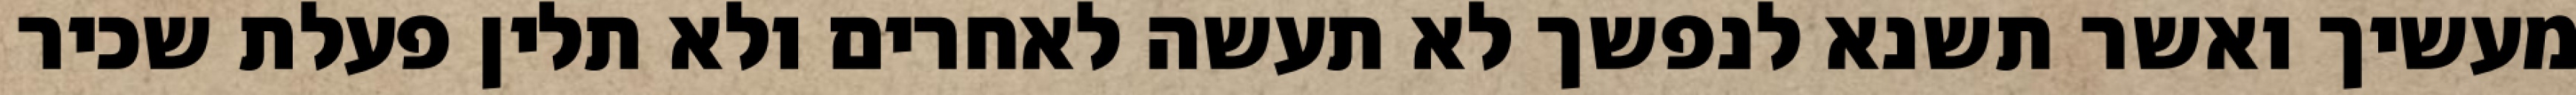
מעשיך ואשר תשנא לנפשך לא תעשה לאחרים ולא תלין פעלת שכיר